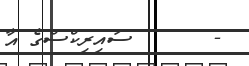
-       ސައިރިކްސްގެ އާ